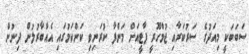
ސަބަބަކީ މިއަދުގެ ސަރުކަރާއި ޖުމްހޫރީ ޕާޓީއަށް މަންފާ ކުރަނިވި ކަންކަމުގައި އެއްބާރުލުން ދިނުން